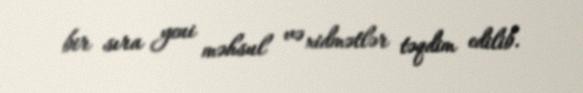
bir sıra yeni məhsul və xidmətlər təqdim edilib.